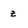
Character: Z